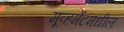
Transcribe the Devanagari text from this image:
मूव्हमेंटमधील